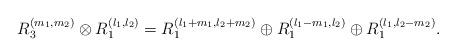
LaTeX: \begin{align*}R^{(m_1,m_2)}_3 \otimes R^{(l_1,l_2)}_1= R^{(l_1+m_1,l_2+m_2)}_1\oplus R^{(l_1-m_1,l_2)}_1\oplus R^{(l_1,l_2-m_2)}_1. \end{align*}